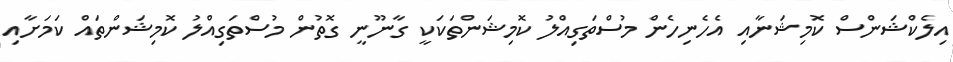
އިލެކްޝަންސް ކޮމިޝަނާއި އެހެނިހެން މުސްތަގިއްލު ކޮމިޝަންތަކަކީ ގާނޫނީ ގޮތުން މުސްތަގިއްލު ކޮމިޝަންތައް ކަމަށާއި